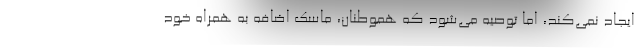
ایجاد نمی‌کند، اما توصیه می‌شود که هموطنان، ماسک اضافه به همراه خود